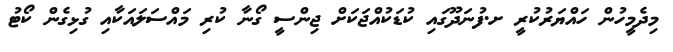
މިދެމީހުން ހައްޔަރުކުރީ ށ.ފުނަދޫގައި ކުޑަކުއްޖަކަށް ޖިންސީ ގޯނާ ކުރި މައްސަލައަކާއި ގުޅިގެން ކޯޓު